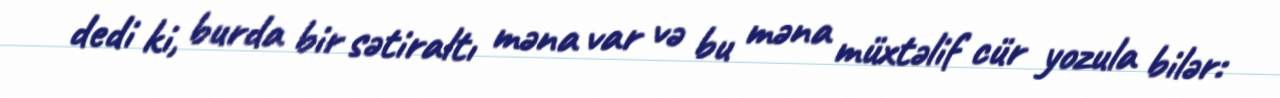
dedi ki, burda bir sətiraltı məna var və bu məna müxtəlif cür yozula bilər: